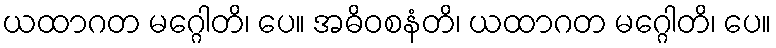
ယထာဂတ မဂ္ဂေါတိ၊ ပေ။ အဓိဝစနံတိ၊ ယထာဂတ မဂ္ဂေါတိ၊ ပေ။